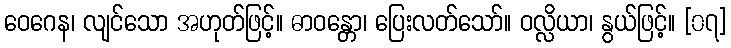
ဝေဂေန၊ လျင်သော အဟုတ်ဖြင့်။ ဓာဝန္တော၊ ပြေးလတ်သော်။ ဝလ္လိယာ၊ နွယ်ဖြင့်။ [၀၇]